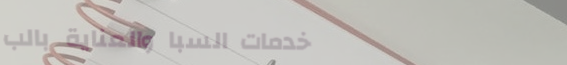
خدمات السبا والعناية بالب